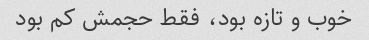
خوب و تازه بود، فقط حجمش کم بود